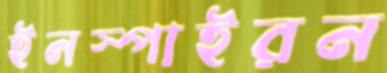
ইনস্পাইরন